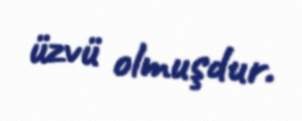
üzvü olmuşdur.